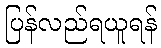
ပြန်လည်ရယူရန်